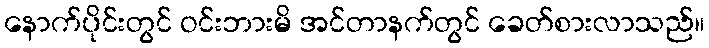
နောက်ပိုင်းတွင် ဝင်းဘားမိ အင်တာနက်တွင် ခေတ်စားလာသည်။